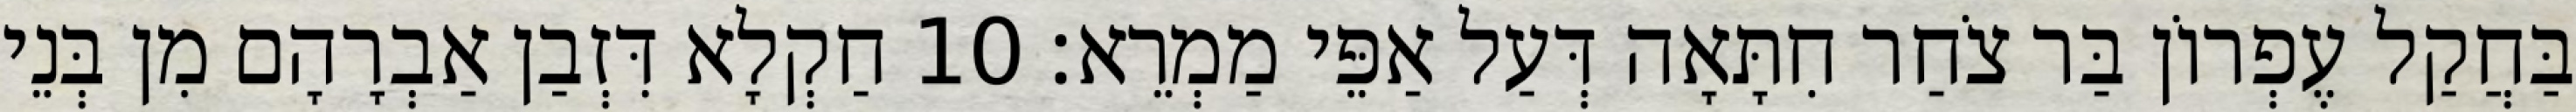
בַּחֲקַל עֶפְרוֹן בַּר צֹחַר חִתָּאָה דְּעַל אַפֵּי מַמְרֵא׃ 10 חַקְלָא דִּזְבַן אַבְרָהָם מִן בְּנֵי